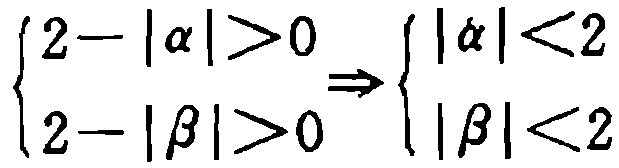
\(\begin{cases}2 - |\alpha| > 0 \\ 2 - |\beta| > 0\end{cases} \Rightarrow \begin{cases}|\alpha| < 2 \\ |\beta| < 2\end{cases}\)